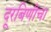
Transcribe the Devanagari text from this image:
दूरबिणीचा